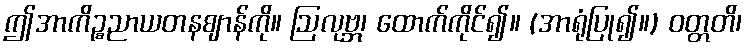
ဤအာကိဉ္စညာယတနဈာန်ကို။ ဩလုဗ္ဘ၊ ထောက်ကိုင်၍။ (အာရုံပြု၍။) ဝတ္တတိ၊